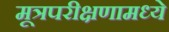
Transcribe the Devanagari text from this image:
मूत्रपरीक्षणामध्ये